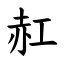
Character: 䞑